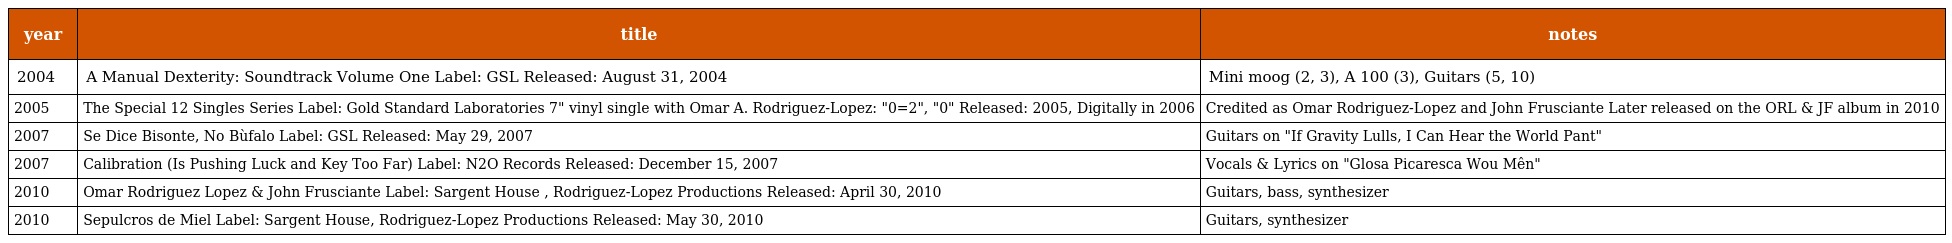
| year | title | notes |
 | --- | --- | --- |
 | 2004 | A Manual Dexterity: Soundtrack Volume One Label: GSL Released: August 31, 2004 | Mini moog (2, 3), A 100 (3), Guitars (5, 10) |
 | 2005 | The Special 12 Singles Series Label: Gold Standard Laboratories 7" vinyl single with Omar A. Rodriguez-Lopez: "0=2", "0" Released: 2005, Digitally in 2006 | Credited as Omar Rodriguez-Lopez and John Frusciante Later released on the ORL & JF album in 2010 |
 | 2007 | Se Dice Bisonte, No Bùfalo Label: GSL Released: May 29, 2007 | Guitars on "If Gravity Lulls, I Can Hear the World Pant" |
 | 2007 | Calibration (Is Pushing Luck and Key Too Far) Label: N2O Records Released: December 15, 2007 | Vocals & Lyrics on "Glosa Picaresca Wou Mên" |
 | 2010 | Omar Rodriguez Lopez & John Frusciante Label: Sargent House , Rodriguez-Lopez Productions Released: April 30, 2010 | Guitars, bass, synthesizer |
 | 2010 | Sepulcros de Miel Label: Sargent House, Rodriguez-Lopez Productions Released: May 30, 2010 | Guitars, synthesizer |